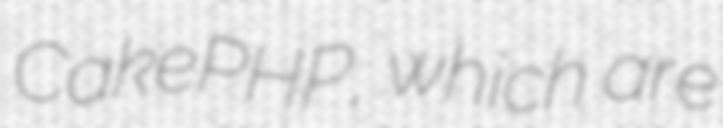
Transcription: CakePHP, which are